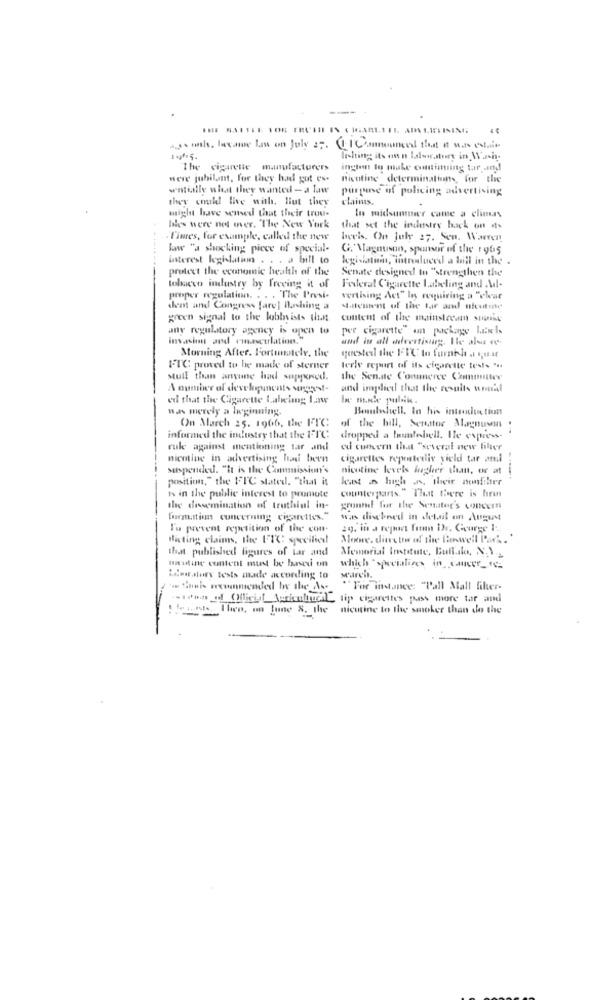
lashing its on n laalswatory in Wash-
The cigarette manufacturer>
ington to make continuing tar, and
were jubilant, for they had gut es-
nicotine determinations for the
wentially what they wanted - a law
purpose of policing advertising
they could! live with, But they
claims.
might have sensed that their trou-
In midsummer came a climas
bles were not over. The New York
that set the industry back on its
-Times, for example, called the new
heels. On July 27. Sen. Warren
law "a shocking piece of special-
G. Magnuson, sponsor of the 1 965
interest legislation . . . a bill to
legislatimn, introduced a bill in the .
protect the economic health of the
Senate designed to "strengthen the
tobacco industry by freving it of
Federal Cigarette Labeling and .Md-
proper regulation. . . . The Presi-
vertising Act" In requiring a "clear
dent and Congress fare] Ishing a
Statement of the tar and nieutine
green signal to the lobbyists that
content of the mainstream spinse
any regulatory agency is open to
per cigarette an package levels
invasion and emasculation."
and in all advertising. Ile alsa ce:
Morning After. Fortunately, the
queste the FTC to furnish a su.it
FTC proved to be made of sterner
terly repart of its cigarette tests ".
Mtull than anyune had supposed.
the Sen.de Commerce Committee
A number of developments west-
and implied that the results wennil
ed that the Cigarette Laheimg; Law
nan merely a beginning.
Benulsshell. In his introdu tion
On March 25. 1966, the FTC
of the bill, Seostor Magnusn .
informed the industry that the FFIC
dropped a lasalebell. le express-
rule against mentioning tar and
au cunern that "several new filer
nicotine in advertising has been
cigarettes repeatedliv yield tar and
suspended. "It is the Commission's
nicotine levels hugher than, or at !
position," the FFIC stated. "that it
kast a high A, their nonfilter
is in the public interest to promote
counterparts." That there is fırın
the dissemination of truthiul in-
ground for the Senator's concerns
formation concerning cigarettes."
was diehned in detail on August
To prevent repetition of the con-
29. in a report fre Dr. Courge 1:
fisting claims, the FIC specified
Moore. dietew of the Benwell Park. ..
that published figures of Lar and
Memorial Institute, Buffalo, N. 1.2
Haline content must be bascu on
which specializes in cancer_ _
Limarstory tests made according to
"For indance: "Pall Mall filer-
-1 ofice of Official Agricultural tip cigarettes pass more tar and
trest Theo, on June 8. the
nicutine to the smoker than do the